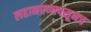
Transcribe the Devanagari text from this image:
लहानपणापसूनच